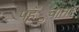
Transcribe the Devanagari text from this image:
पहँुचाता